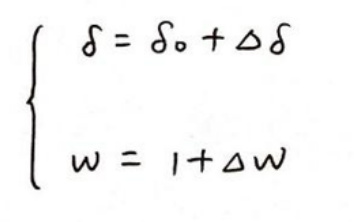
\[
\begin{cases}
\delta = \delta_0+\Delta\delta \\
w = 1+\Delta w
\end{cases}
\]